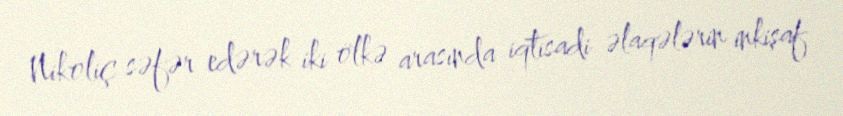
Nikoliç səfər edərək iki ölkə arasında iqtisadi əlaqələrin inkişaf